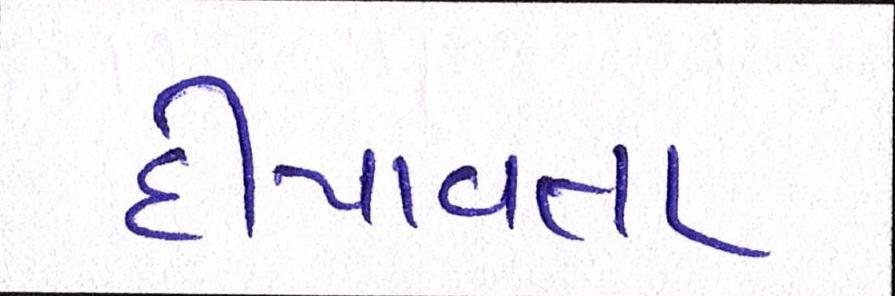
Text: દીપાવતા